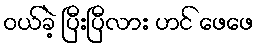
ဝယ်ခဲ့ ပြီးပြီလား ဟင် ဖေဖေ